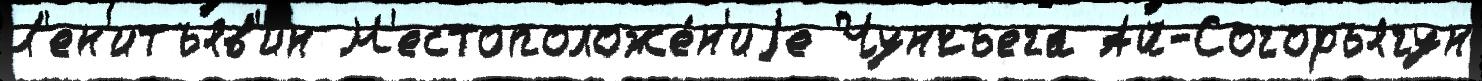
Л'ен'итъяв'ин М'естоположе́н'иjе Чунчъега Ай-Согоръягун